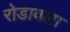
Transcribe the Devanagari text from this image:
रोडावला